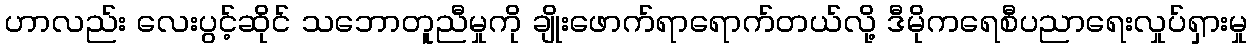
ဟာလည်း လေးပွင့်ဆိုင် သဘောတူညီမှုကို ချိုးဖောက်ရာရောက်တယ်လို့ ဒီမိုကရေစီပညာရေးလှုပ်ရှားမှု